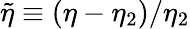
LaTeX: \tilde{\eta}\equiv(\eta-\eta_{2})/\eta_{2}